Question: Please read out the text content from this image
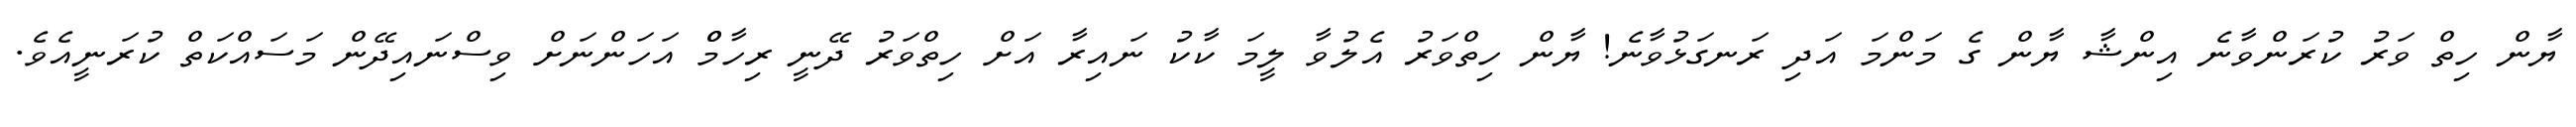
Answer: ޔާން ހިތް ވަރު ކުރަންވާނެ އިންޝާ ޔާން ގެ މަންމަ އަދި ރަނގަޅުވާނެ! ޔާން ހިތްވަރު އެލުވާ ލީމަ ކާކު ނައިރާ އަށް ހިތްވަރު ދޭނީ ރިހާމްް އަހަންނަށް ވިސްނައިދޭން މަސައްކަތް ކުރަނީއެވެ.